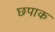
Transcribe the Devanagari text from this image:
छपाक